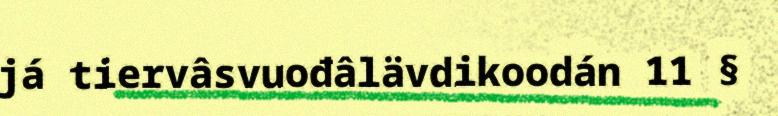
já tiervâsvuođâlävdikoodán 11 §